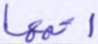
أتمها